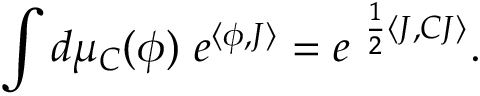
\int d \mu _ { C } ( \phi ) \ e ^ { \langle \phi , J \rangle } = e ^ { \ \frac { 1 } { 2 } \langle J , C J \rangle } .